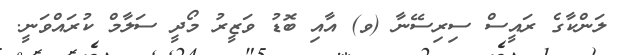
ލަންކާގެ ރައީސް ސިިރިސޭނާ (ވ) އާއި ބޮޑު ވަޒީރު މޯދީ ސަލާމް ކުރައްވަނީ.